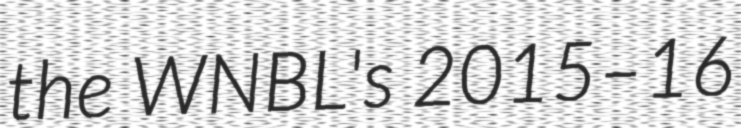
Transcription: the WNBL's 2015–16